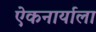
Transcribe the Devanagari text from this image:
एेकनार्याला